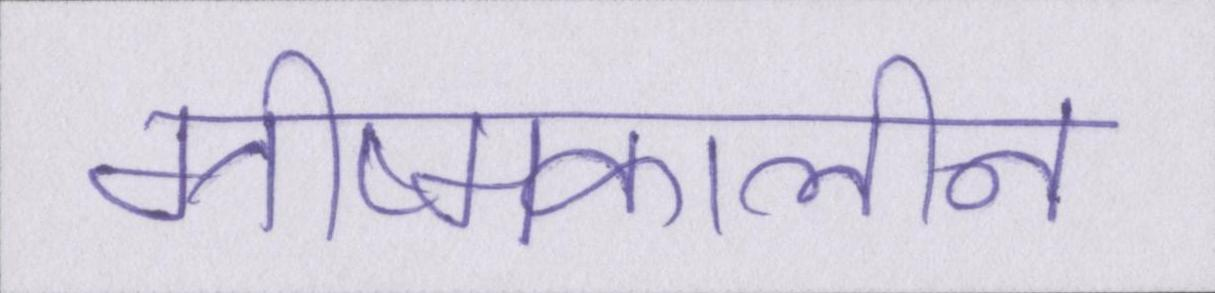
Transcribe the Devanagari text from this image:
ग्रीष्मकालीन